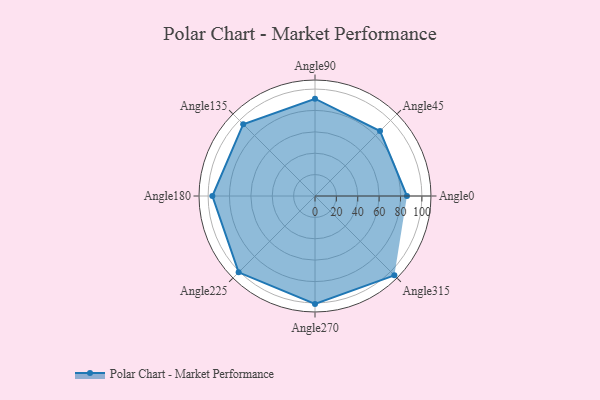
{"axis": {"x": "Angle", "y": "Radius"}, "legend": [""], "data": [{"x": "Angle0", "y": 86.0, "type": ""}, {"x": "Angle45", "y": 86.0, "type": ""}, {"x": "Angle90", "y": 91.0, "type": ""}, {"x": "Angle135", "y": 95.0, "type": ""}, {"x": "Angle180", "y": 96.0, "type": ""}, {"x": "Angle225", "y": 101.0, "type": ""}, {"x": "Angle270", "y": 101.0, "type": ""}, {"x": "Angle315", "y": 105.0, "type": ""}]}